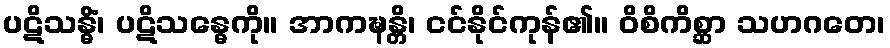
ပဋိသန္ဓိံ၊ ပဋိသန္ဓေကို။ အာကဍ္ဎန္တိ၊ ငင်နိုင်ကုန်၏။ ဝိစိကိစ္ဆာ သဟဂတေ၊